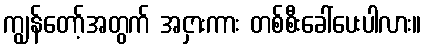
ကျွန်တော့်အတွက် အငှားကား တစ်စီးခေါ်ပေးပါလား။